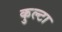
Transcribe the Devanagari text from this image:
कुल्टा